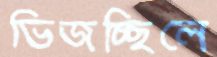
ভিজচ্ছিলে